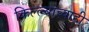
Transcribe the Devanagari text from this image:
किल्ल्याच्याही